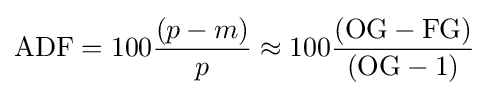
{\text{ADF}}=100{(p-m) \over p}\approx 100{({\text{OG}}-{\text{FG}}) \over ({\text{OG}}-1)}